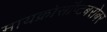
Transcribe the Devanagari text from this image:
मायक्रोसॉप्टबरोबर